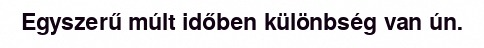
Egyszerű múlt időben különbség van ún.